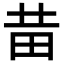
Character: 𤰻